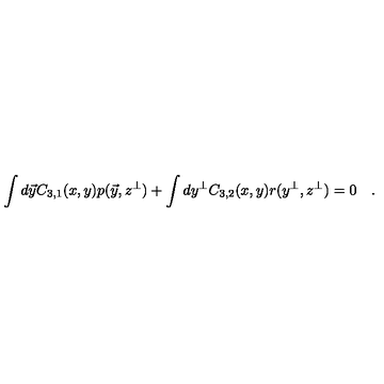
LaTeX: \int d \vec { y } C _ { 3 , 1 } ( x , y ) p ( \vec { y } , z ^ { \bot } ) + \int d y ^ { \bot } C _ { 3 , 2 } ( x , y ) r ( y ^ { \bot } , z ^ { \bot } ) = 0 \quad .